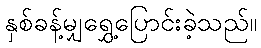
နှစ်ခန့်မျှရွှေ့ပြောင်းခဲ့သည်။